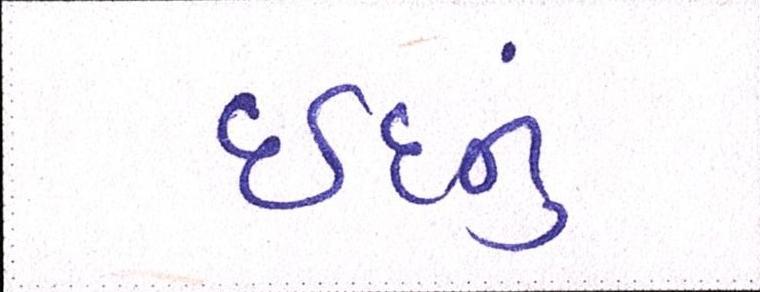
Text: ઇદનું